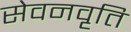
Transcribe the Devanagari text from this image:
सेवनवृति